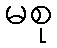
မစု